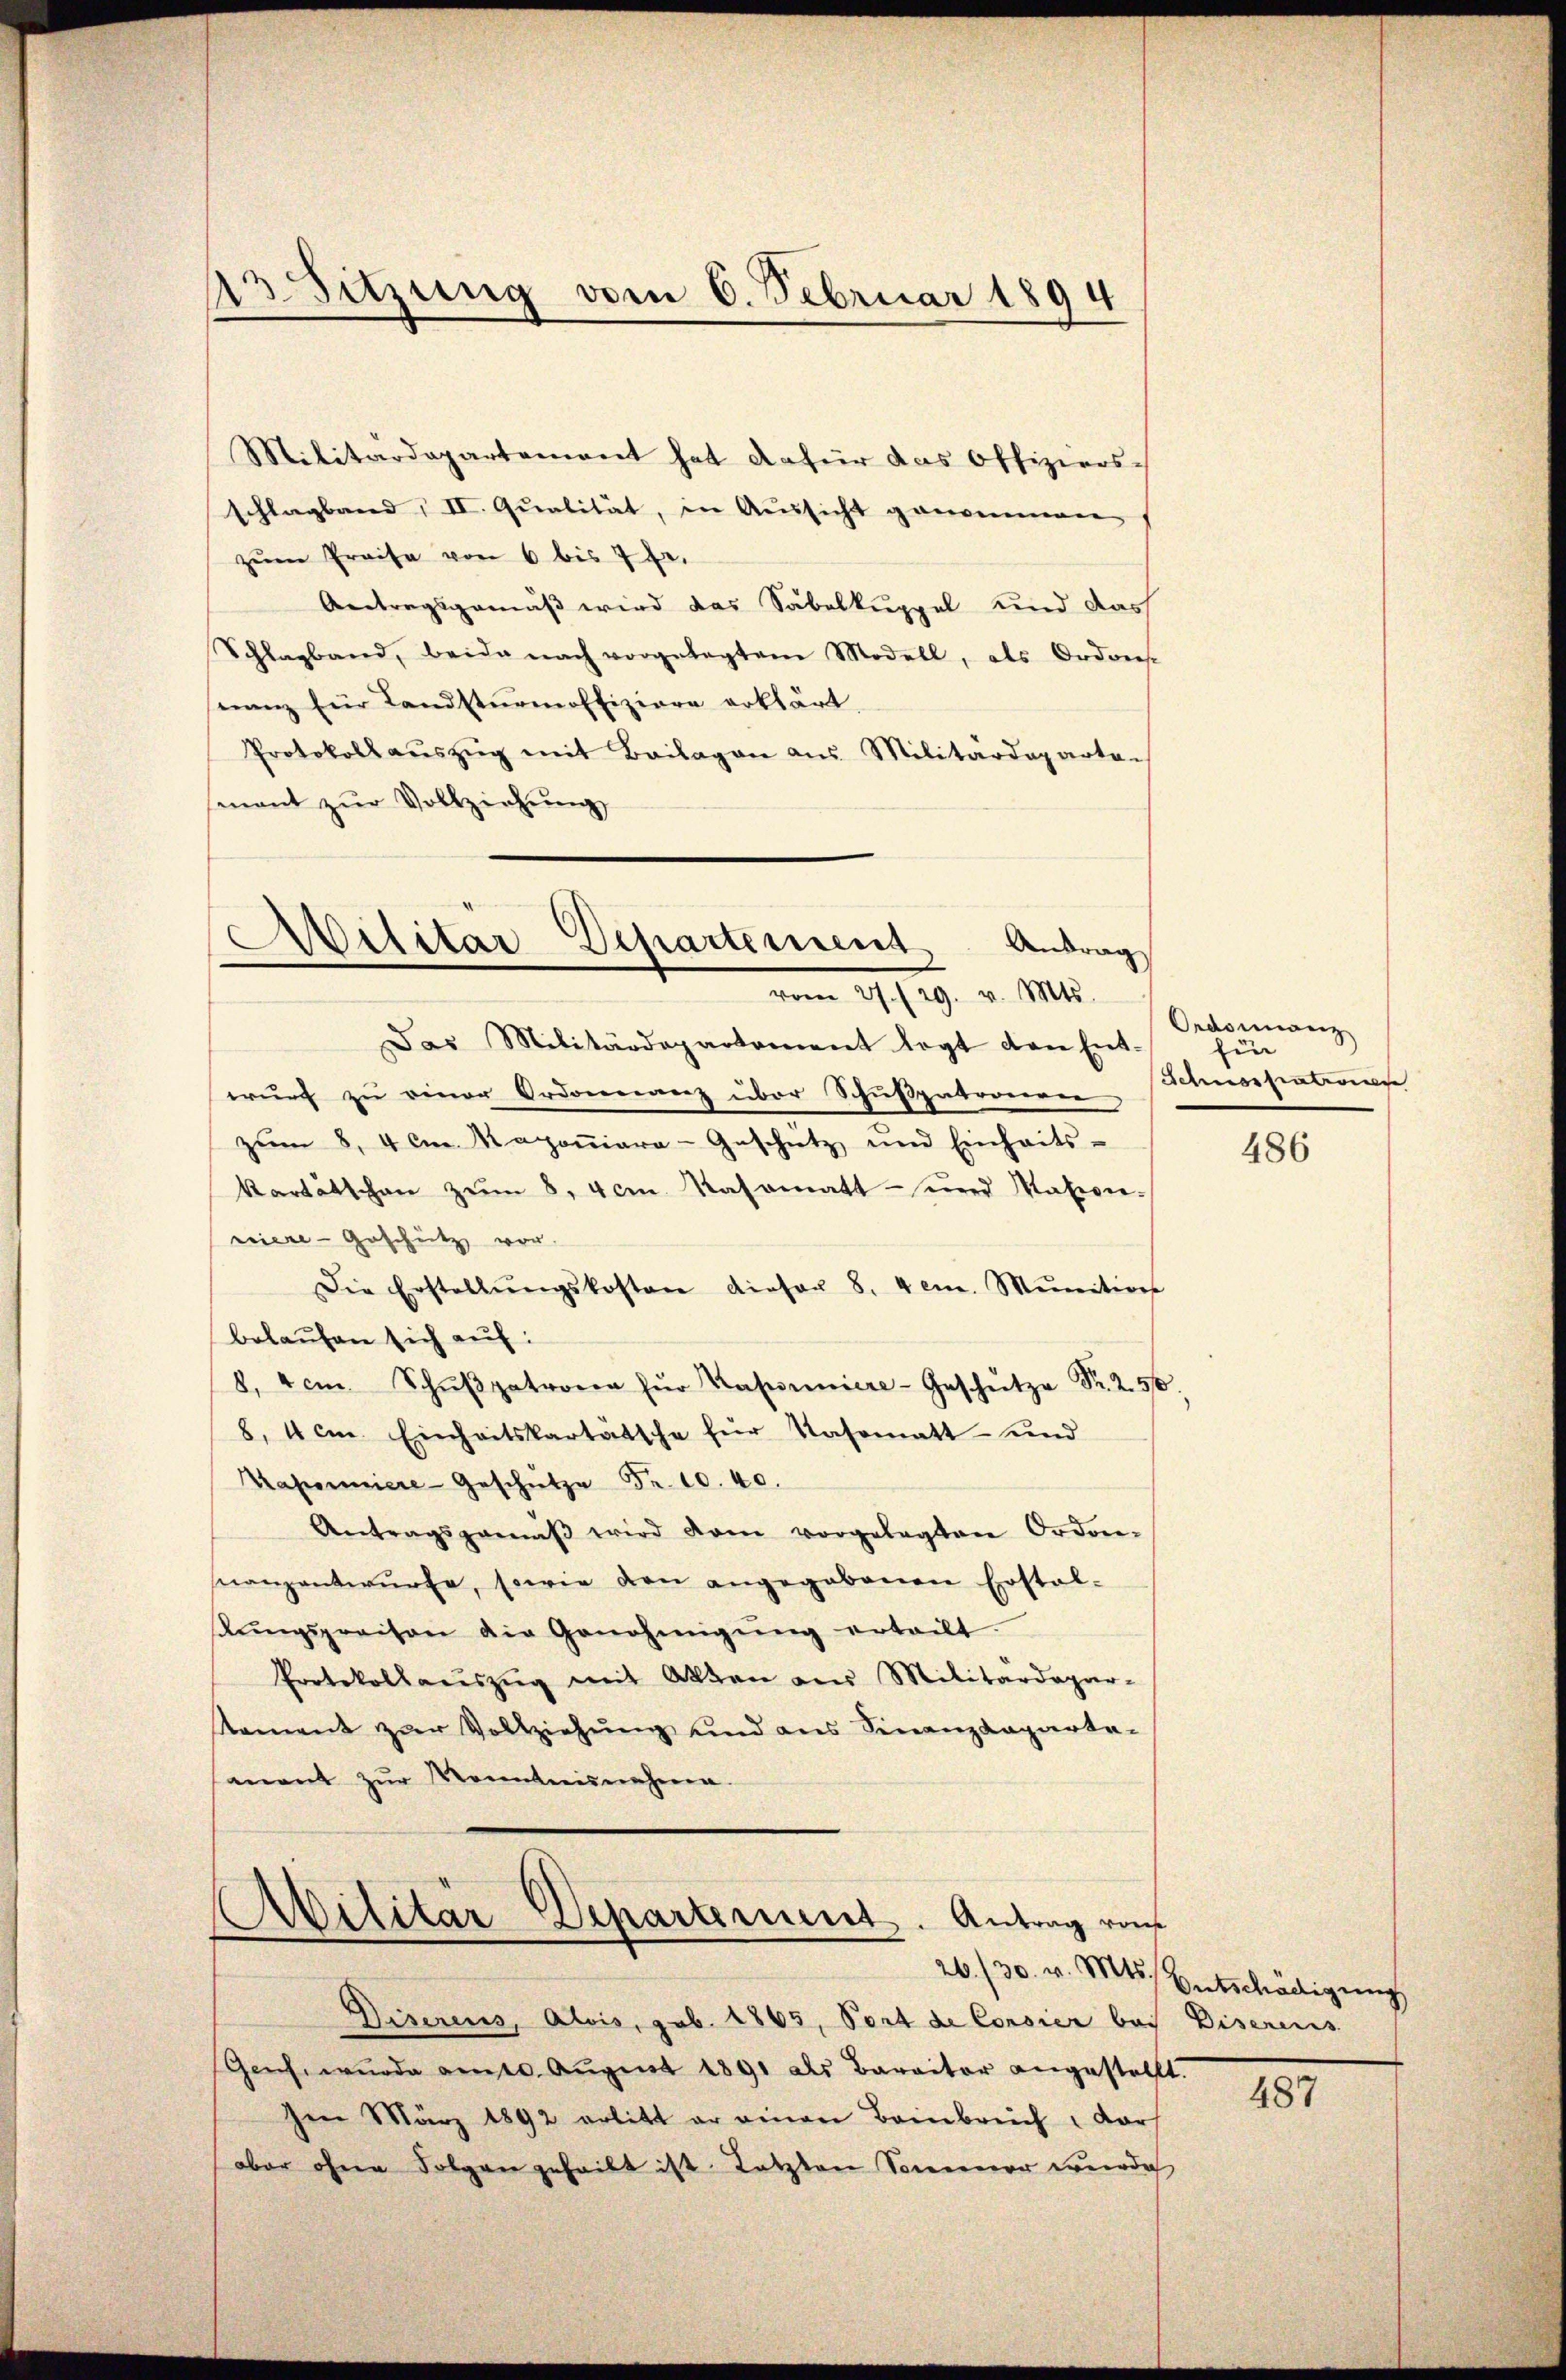
13. Sitzung vom 6. Februar 1894

Militärdepartement hat dafür das Offiziers-
schlagband II. Qualität, in Aussicht genommen
zŭm Preise von 6 bis 7 fr.
Antragsgemäß wird das Säbelkuppel und das
Schlagband, beide nach vorgelegtem Modell, als Ordones
nanz für Landsturmoffiziere erklärt,
Protokoll aŭszŭg mit Beilagen aus Militärdeparte-
senant zŭr Vollziehŭng

Militär Departement Antrag
vom 19. 729. v. M.

Das Militärdepartement legt den Ent-
wurf zu einer Ordonnanz über Schußpatorieren
zŭm 8. 4 cm. Rapoṁiara-Geschütz und Einheits-
kartätschen zum 8. 4 cm. Kasamatt- und Nationriere - Geschütz vor
Die Erstellŭngskosten dieser 8. Ven. Munitions
belaufen sich auf:
8. Vom Schŭβpatrona für Kapuniere-Geschütze Fr. 250.
8. 4 cm Einheitskartätsche für Kasomatt und
Kaponiere Geschütze Fr. 10. 40.
Antragsgemäβ wird dem vorgelegten Ordon-
nanzentwŭrfe, sowie den angegebenen Erstal-
sŭngspreisen die Genehmigŭng erteilt.
Protokollaŭszŭg mit Akten aus Militärdepar-
Koment zŭr Vollziehŭng und ans Finanzkaparta-
mant zur Kenntnisnahme.

Abilitar Departement. Antrag von

Ordonnanz
Ein
Schnerstativier

Diserens, Alois, geb. 1865, Port de Consier bei Diserenis
Geich, wurde am 10. August 1891 als Baraitor angestellt.
Im März 1892 erlitt er einen Beinbreich, dar
aber ohne Folgen geheilt ist. Letzten Sommer werde

486

26./30. v. Mts. Entschädigung

487